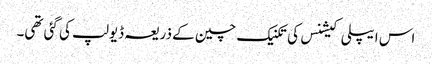
اس ایپلی کیشنس کی تکنیک چین کے ذریعہ ڈیولپ کی گئی تھی۔